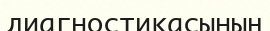
диагностикасының